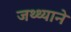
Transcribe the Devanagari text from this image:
जथ्थ्याने